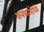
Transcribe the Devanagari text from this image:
क्लथनरोधके